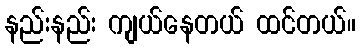
နည်းနည်း ကျယ်နေတယ် ထင်တယ်။